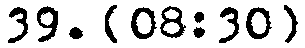
39. {08:30}